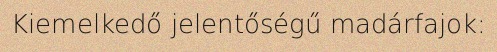
Kiemelkedő jelentőségű madárfajok: